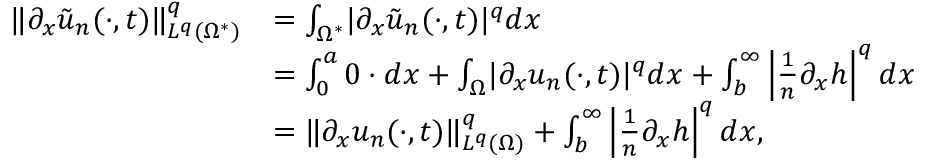
\begin{array} { r l } { \lVert \partial _ { x } \tilde { u } _ { n } ( \cdot , t ) \rVert _ { L ^ { q } ( \Omega ^ { * } ) } ^ { q } } & { = \int _ { \Omega ^ { * } } \lvert \partial _ { x } \tilde { u } _ { n } ( \cdot , t ) \rvert ^ { q } d x } \\ & { = \int _ { 0 } ^ { a } 0 \cdot d x + \int _ { \Omega } \lvert \partial _ { x } u _ { n } ( \cdot , t ) \rvert ^ { q } d x + \int _ { b } ^ { \infty } \left\vert \frac { 1 } { n } \partial _ { x } h \right\vert ^ { q } d x } \\ & { = \lVert \partial _ { x } u _ { n } ( \cdot , t ) \rVert _ { L ^ { q } ( \Omega ) } ^ { q } + \int _ { b } ^ { \infty } \left\vert \frac { 1 } { n } \partial _ { x } h \right\vert ^ { q } d x , } \end{array}